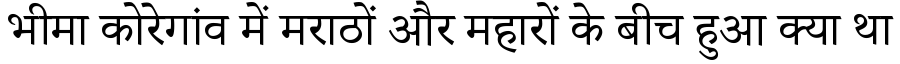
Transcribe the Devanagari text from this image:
भीमा कोरेगांव में मराठों और महारों के बीच हुआ क्या था